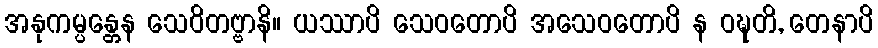
အနုကမ္ပန္တေန သေဝိတဗ္ဗာနိ။ ယဿာပိ သေဝတောပိ အသေဝတောပိ န ဝဍ္ဎတိ, တေနာပိ